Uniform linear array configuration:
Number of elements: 48
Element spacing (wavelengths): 0.75
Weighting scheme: cosine
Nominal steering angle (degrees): -60
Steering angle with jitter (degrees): -60.495
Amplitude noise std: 0.05
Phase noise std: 0.05

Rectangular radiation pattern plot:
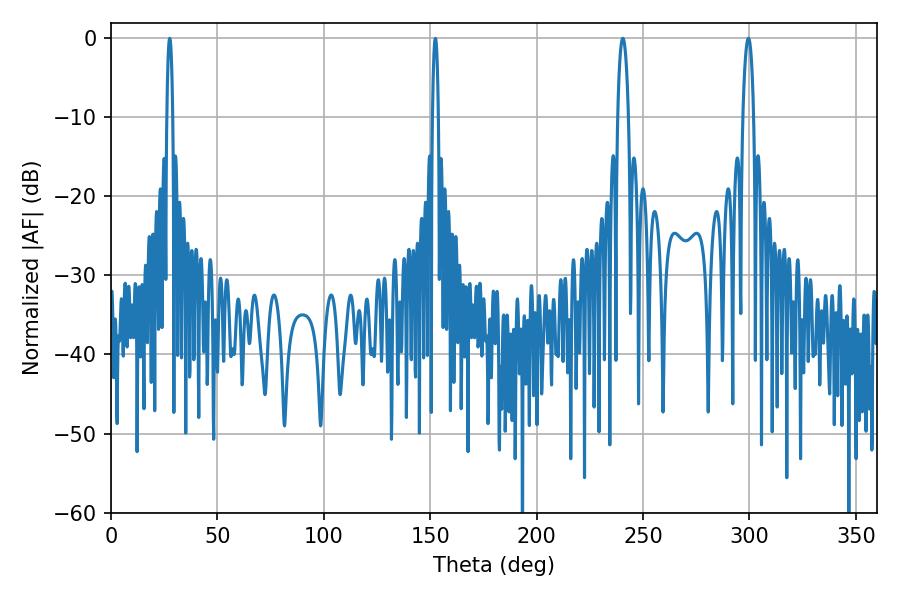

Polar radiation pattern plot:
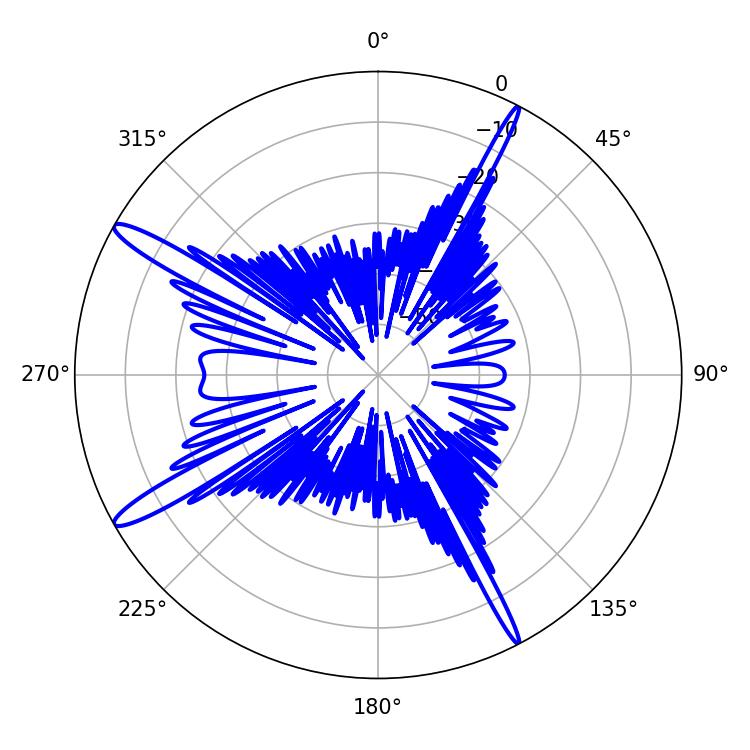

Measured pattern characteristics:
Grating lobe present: TRUE
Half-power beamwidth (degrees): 2.88
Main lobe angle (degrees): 299.52